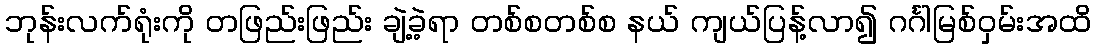
ဘုန်းလက်ရုံးကို တဖြည်းဖြည်း ချဲ့ခဲ့ရာ တစ်စတစ်စ နယ် ကျယ်ပြန့်လာ၍ ဂင်္ဂါမြစ်ဝှမ်းအထိ